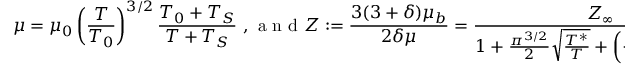
\mu = \mu _ { 0 } \left( \frac { T } { T _ { 0 } } \right) ^ { 3 / 2 } \frac { T _ { 0 } + T _ { S } } { T + T _ { S } } \mathrm { ~ , ~ a ~ n ~ d ~ } Z : = \frac { 3 ( 3 + \delta ) \mu _ { b } } { 2 \delta \mu } = \frac { Z _ { \infty } } { 1 + \frac { \pi ^ { 3 / 2 } } { 2 } \sqrt { \frac { T ^ { * } } { T } } + \left( \frac { \pi ^ { 2 } } { 4 } + \pi \right) \frac { T ^ { * } } { T } }